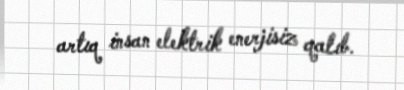
artıq insan elektrik enerjisiz qalıb.